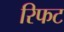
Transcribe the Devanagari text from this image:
रिफट